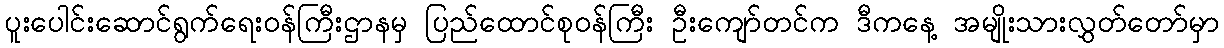
ပူးပေါင်းဆောင်ရွက်ရေးဝန်ကြီးဌာနမှ ပြည်ထောင်စုဝန်ကြီး ဦးကျော်တင်က ဒီကနေ့ အမျိုးသားလွှတ်တော်မှာ